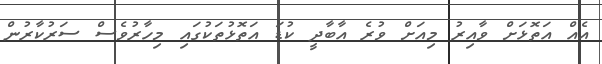
އެއް އަތޮޅަށް ވާއިރު މިއަށް ވުރެ އާބާދީ ކުޑަ އަތޮޅުތަކުގައި މިހާރުވެސް ސަރުކާރުން